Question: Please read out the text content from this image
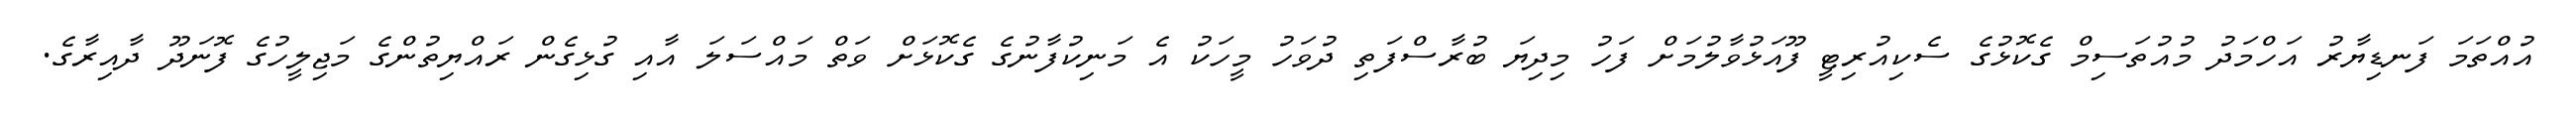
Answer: އުއްތަމަ ފަނޑިޔާރު އަހްމަދު މުއުތަސިމް ގެކޮޅުގެ ސެކިއުރިޓީ ފޫއަޅުވާލުމަށް ފަހު މިދިޔަ ބުރާސްފަތި ދުވަހު މީހަކު އެ މަނިކުފާނުގެ ގެކޮޅަށް ވަތް މައްސަލަ އާއި ގުޅިގެން ރައްޔިތުންގެ މަޖިލީހުގެ ފޮނަދޫ ދާއިރާގެ.